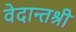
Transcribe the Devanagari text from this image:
वेदान्तश्री